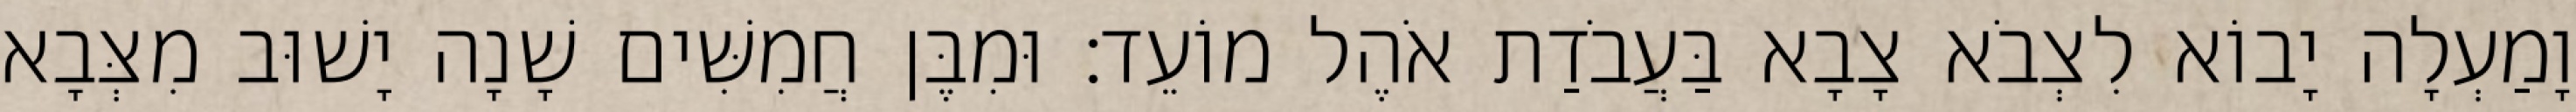
וָמַעְלָה יָבוֹא לִצְבֹא צָבָא בַּעֲבֹדַת אֹהֶל מוֹעֵד׃ וּמִבֶּן חֲמִשִּׁים שָׁנָה יָשׁוּב מִצְּבָא